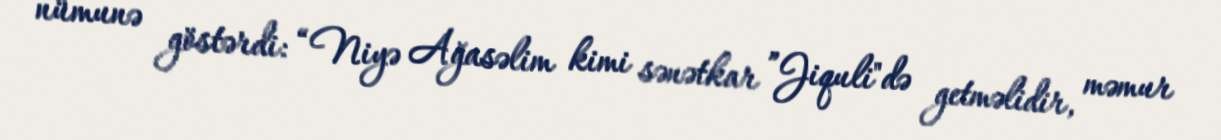
nümunə göstərdi: “Niyə Ağasəlim kimi sənətkar ”Jiquli"də getməlidir, məmur